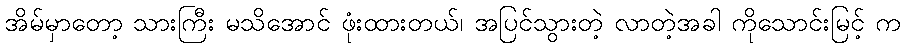
အိမ်မှာတော့ သားကြီး မသိအောင် ဖုံးထားတယ်၊ အပြင်သွားတဲ့ လာတဲ့အခါ ကိုသောင်းမြင့် က